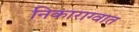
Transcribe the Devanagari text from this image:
निकाराग्वात